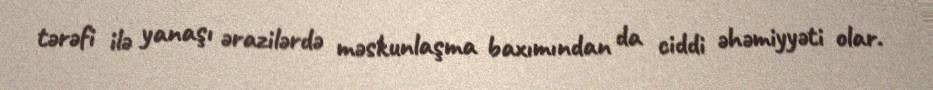
tərəfi ilə yanaşı ərazilərdə məskunlaşma baxımından da ciddi əhəmiyyəti olar.